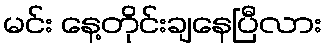
မင်း နေ့တိုင်းချနေပြီလား